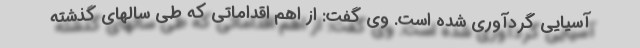
آسیایی گردآوری شده است. وی گفت: از اهم اقداماتی که طی سالهای گذشته